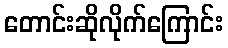
တောင်းဆိုလိုက်ကြောင်း